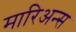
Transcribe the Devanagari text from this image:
मारिअन्स